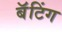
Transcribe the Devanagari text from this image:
बॅटिंग